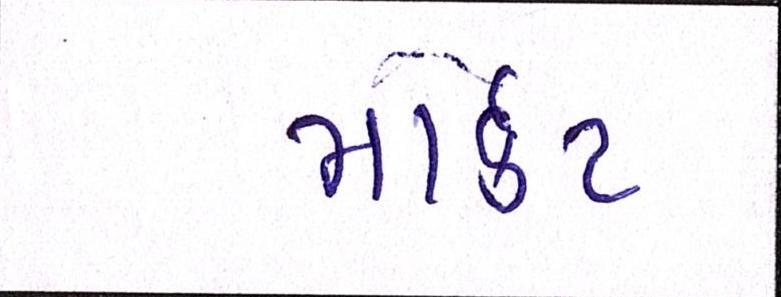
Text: માર્ક઼ટ